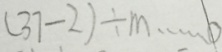
( 3 7 - 2 ) \div m \cdots 0